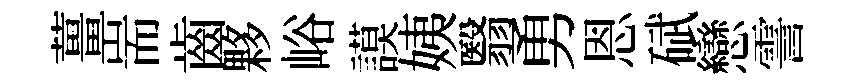
薑耑齒夥峪謨姨翳勇恩碔戀霅